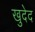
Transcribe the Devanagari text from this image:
खुदेद